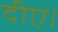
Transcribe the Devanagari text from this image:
दीए।